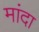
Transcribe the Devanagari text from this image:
मांदा